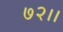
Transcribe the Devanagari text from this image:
७२।।